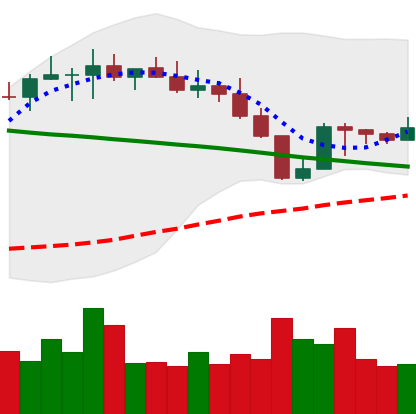
Ticker: BNB-USD
Chart end date: 2022-08-25
Forward return: -6.684%
Label: down_5_7